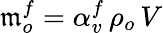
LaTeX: \mathfrak{m}_{o}^{f}=\alpha_{v}^{f}\, \rho_{o}\, V